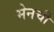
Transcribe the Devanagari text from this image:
मेनची